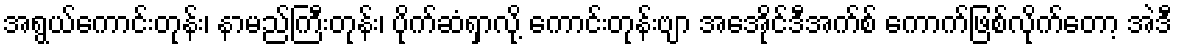
အရွယ်ကောင်းတုန်း၊ နာမည်ကြီးတုန်း၊ ပိုက်ဆံရှာလို့ ကောင်းတုန်းဗျာ အေအိုင်ဒီအက်စ် ကောက်ဖြစ်လိုက်တော့ အဲဒီ